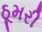
ઠૂમરી